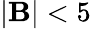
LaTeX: |\mathbf{B}|<5